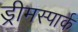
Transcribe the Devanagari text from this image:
ड्रीमस्पार्क